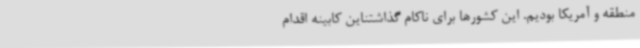
منطقه و آمریکا بودیم. این کشورها برای ناکام گذاشتناین کابینه اقدام